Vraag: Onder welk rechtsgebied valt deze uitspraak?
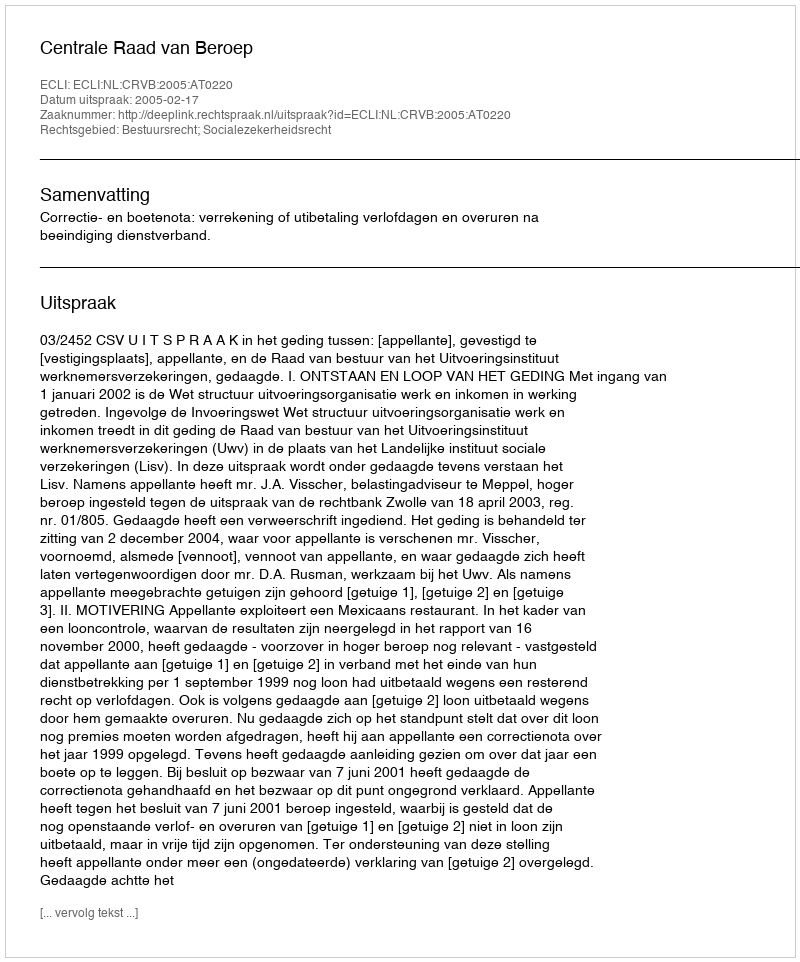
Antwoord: Bestuursrecht; Socialezekerheidsrecht